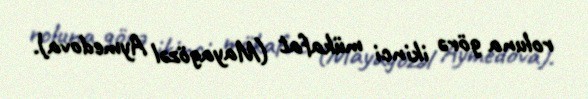
roluna görə ikinci mükafat (Mayagözəl Aymedova).